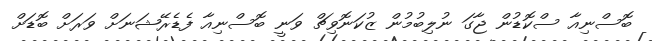
ބޮސްނިއާ ސްކޮޑުން ޖާގަ ނުލިބުމުން ޒުކަނޮވިޗް ވަނީ ބޮސްނިއާ ފެޑެރޭޝަނަށް ވަރަށް ބޮޑަށް